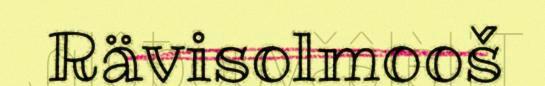
Rävisolmooš